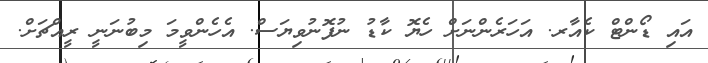
އައި ޑޯންޓް ކެއާރ. އަހަރެންނަށް ހެޔޮ ކާޑު ނުފޮނުވިޔަސް. އެހެންވީމަ މިބުނަނީ ރީއްޗަށް.